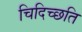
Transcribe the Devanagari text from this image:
चिदिच्छति